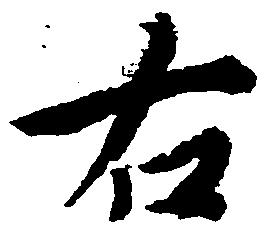
右